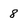
Character: 8